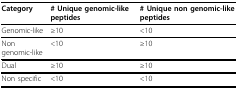
| Category | # Unique genomic-like peptides | # Unique non genomic-like peptides |
 | --- | --- | --- |
 | Genomic-like | ≥ 10 | < 10 |
 | Non genomic-like | < 10 | ≥ 10 |
 | Dual | ≥ 10 | ≥ 10 |
 | Non specific | < 10 | < 10 |